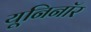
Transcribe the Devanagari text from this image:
यूनिनॉर